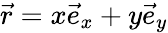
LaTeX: \vec{r}=x\vec{e}_{x}+y\vec{e}_{y}